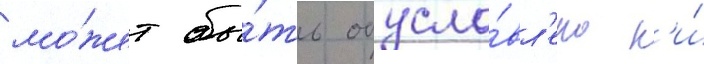
мо́жет бы́ть обусло́вл'ено н'и́